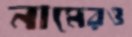
নামেরও